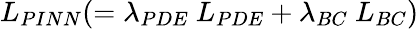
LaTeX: L_{PINN}(=\lambda_{PDE}~L_{PDE}+\lambda_{BC}~L_{BC})